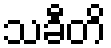
သခီတိ